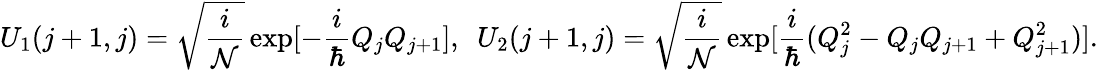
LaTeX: U_{1}(j+1,j)=\sqrt{\frac{i}{\cal N}}\exp[-\frac{i}{\hbar}Q_{j}Q_{j+1}],~~U_{2}(j+1,j)=\sqrt{\frac{i}{\cal N}}\exp[\frac{i}{\hbar}(Q_{j}^{2}-Q_{j}Q_{j+1}+Q_{j+1}^{2})].